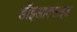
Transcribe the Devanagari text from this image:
डॉइआक्साइड